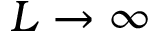
L \to \infty